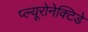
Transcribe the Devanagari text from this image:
प्ल्यूरोनेक्टिडे